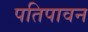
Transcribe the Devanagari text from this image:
पतिपावन